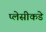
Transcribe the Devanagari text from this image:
प्लेसीकडे